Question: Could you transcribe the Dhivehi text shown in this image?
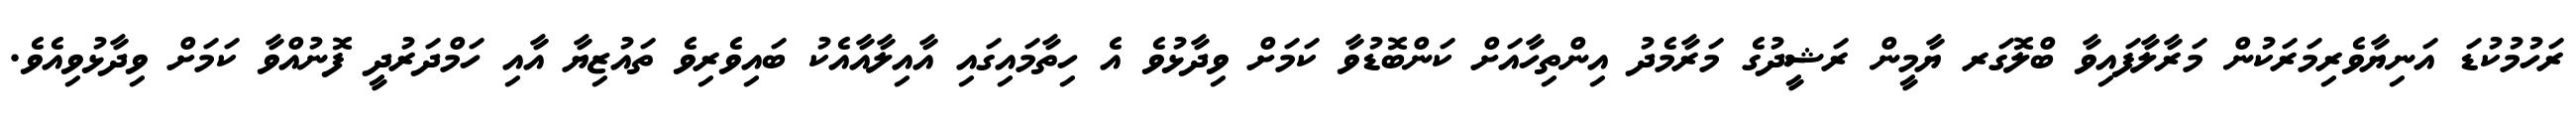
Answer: ރަހުމުކުޑަ އަނިޔާވެރިމަރަކުން މަރާލާފައިވާ ބްލޮގަރ ޔާމީން ރަޝީދުގެ މަރާމެދު އިންތިހާއަށް ކަންބޮޑުވާ ކަމަށް ވިދާޅުވެ އެ ހިތާމައިގައި އާއިލާއާއެކު ބައިވެރިވެ ތައުޒިޔާ އާއި ހަމްދަރުދީ ފޮނުއްވާ ކަމަށް ވިދާޅުވިއެވެ.